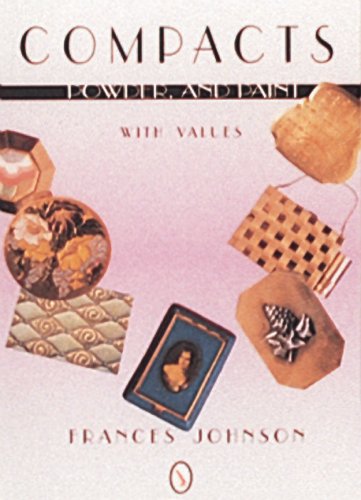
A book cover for Compacts, Powders and Paint: With Values (A Schiffer Book for Collectors); Frances Johnson; Crafts, Hobbies & Home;